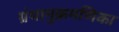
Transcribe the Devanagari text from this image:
ग्रंथानुक्रमणिका